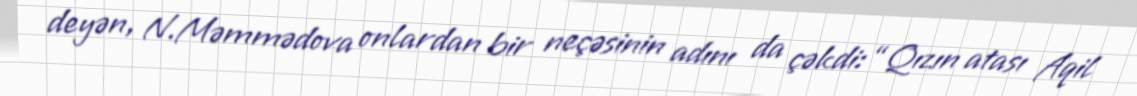
deyən, N.Məmmədova onlardan bir neçəsinin adını da çəkdi: “Qızın atası Aqil